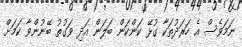
ނަމަވެސް އެ ހަރަދުތަކާ ގުޅޭ ކަންކަން ބަލަން އަދި ވަގުތު ބޭނުންވާ ކަމަށް